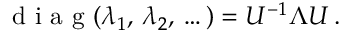
\mathrm { ~ d ~ i ~ a ~ g ~ } ( \lambda _ { 1 } , \, \lambda _ { 2 } , \, \dots ) = U ^ { - 1 } \Lambda U \, .